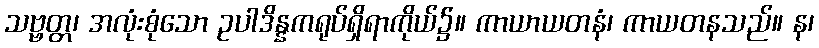
သဗ္ဗတ္တ၊ အလုံးစုံသော ဥပါဒိန္နကရုပ်ရှိရာကိုယ်၌။ ကာယာယတနံ၊ ကာယတနသည်။ န၊